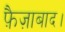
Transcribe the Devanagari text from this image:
फ़ैज़ाबाद।